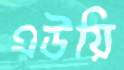
এউয়ি